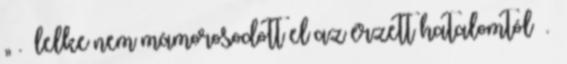
„ . lelke nem mámorosodott el az érzett hatalomtól .